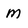
Character: M